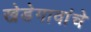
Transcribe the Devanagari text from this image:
खेडेगावांचे